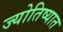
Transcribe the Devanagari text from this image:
ज्योतिष्यात